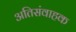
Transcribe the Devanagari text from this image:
अतिसंवाहक